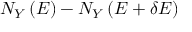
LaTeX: N _ { Y } \left( E \right) - N _ { Y } \left( E + \delta E \right)